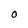
Character: O